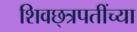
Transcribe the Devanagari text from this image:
शिवछ्त्रपतींच्या